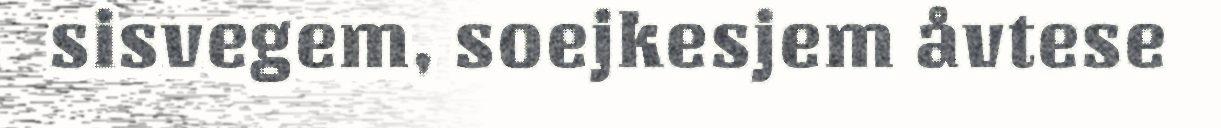
sisvegem, soejkesjem åvtese